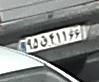
۹۵ق۴۱۱۶۶